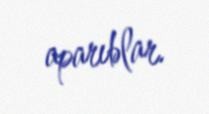
aparıblar.